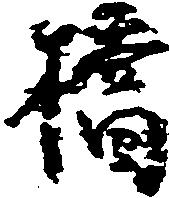
橋